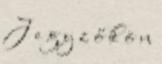
J e g y z ő k ö n